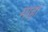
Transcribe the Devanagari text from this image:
माहां